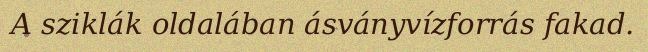
A sziklák oldalában ásványvízforrás fakad.